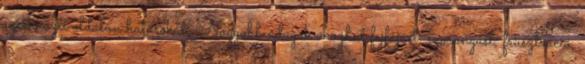
szemközti oldalon hatásokat. Nagyobb adagok okozhat fejfájást, szorongást, frusztráció,